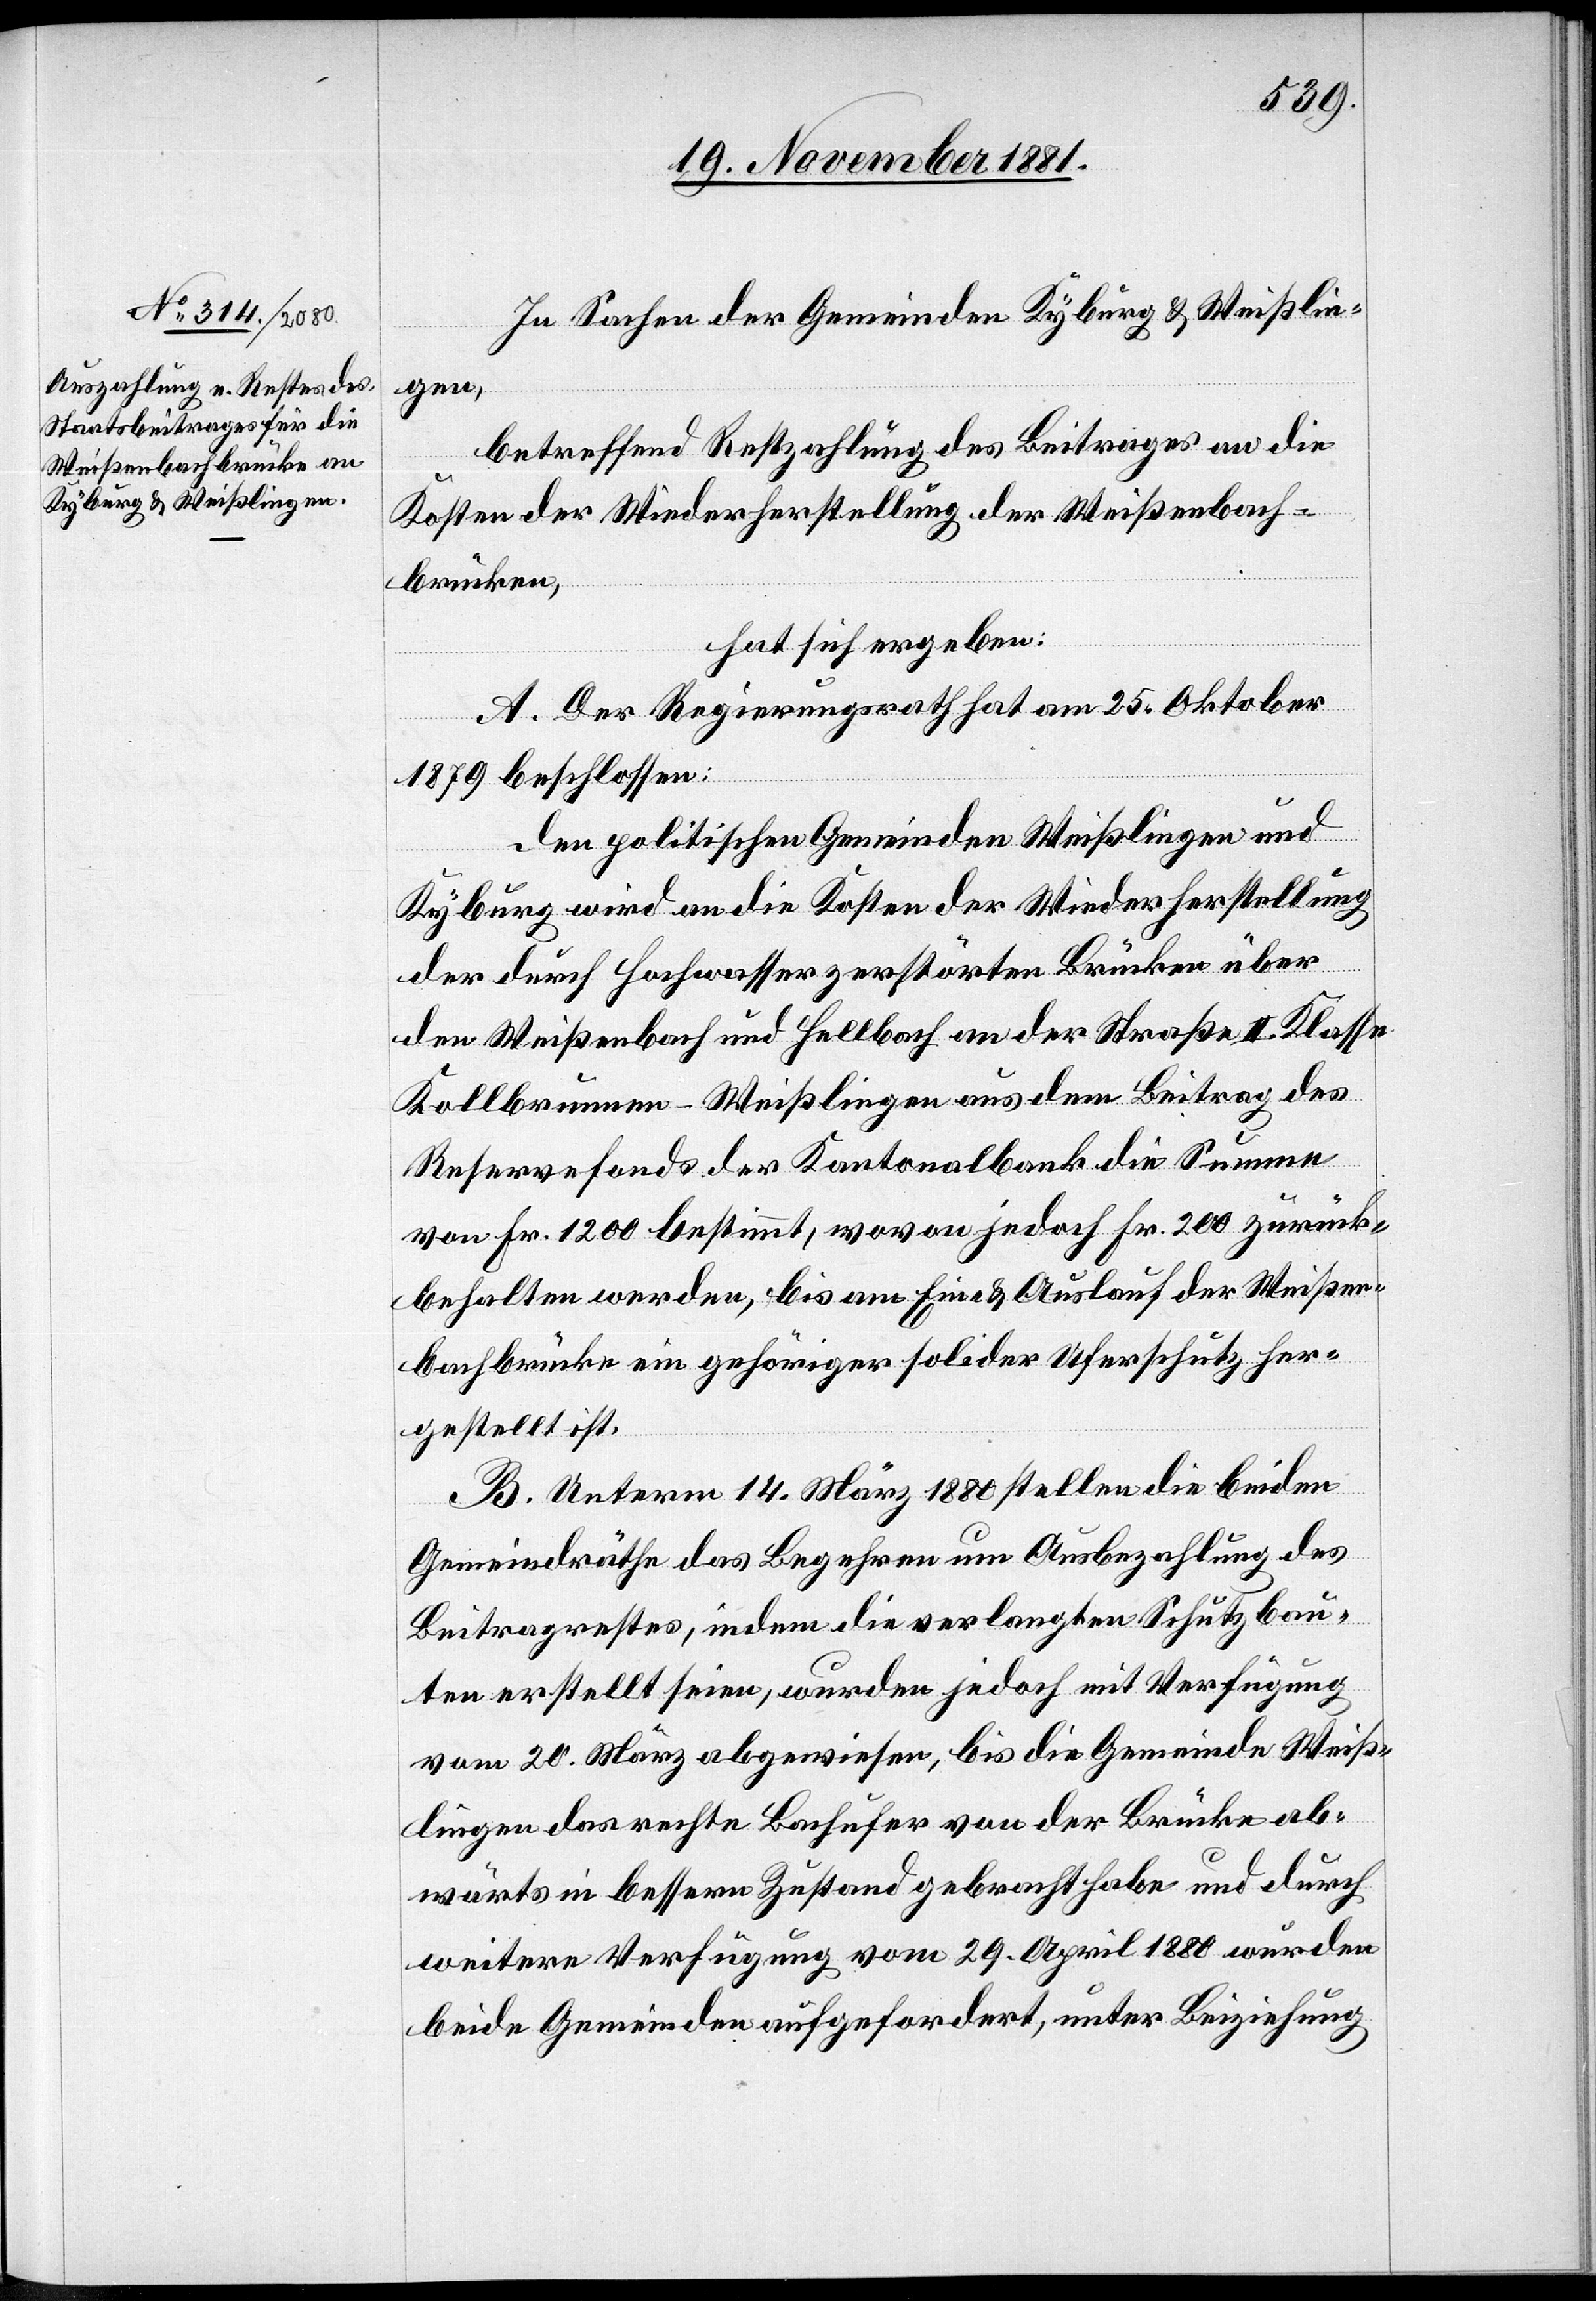
In Sachen der Gemeinden Kyburg & Weißlin¬
gen,
betreffend Restzahlung des Beitrages an die
Kosten der Wiederherstellung der Weißenbach¬
brücken,
hat sich ergeben:
A. Der Regierungsrath hat am 25. Oktober
1879 beschlossen:
Den politischen Gemeinden Weißlingen und
Kyburg wird an die Kosten der Wiederherstellung
der durch Hochwasser zerstörten Brücken über
den Weißenbach und Hellbach an der Straße II. Klasse
Kollbrunnen–Weißlingen aus dem Beitrag des
Reservefonds der Kantonalbank die Summe
von Fr. 1200 bestimmt, wovon jedoch Fr. 200 zurück¬
behalten werden, bis am Ein- & Auslauf der Weißen¬
bachbrücke ein gehöriger solider Uferschutz her¬
gestellt ist.
B. Unterm 14. März 1880 stellen die beiden
Gemeindräthe das Begehren um Ausbezahlung des
Beitragrestes, indem die verlangten Schutzbau¬
ten erstellt seien, wurde jedoch mit Verfügung
vom 20. März abgewiesen, bis die Gemeinde Weiß¬
lingen das rechte Bachufer von der Brücke ab¬
wärts in bessern Zustand gebracht habe und durch
weitere Verfügung vom 29. April 1880 wurden
beide Gemeinden aufgefordert, unter Beiziehung